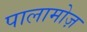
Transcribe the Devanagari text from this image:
पालामोज़